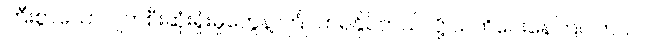
ကြီးစွာသော ပျက်စီးဆုံးရှုံးမှုတွေနဲ့ ကြုံလာရနိုင်တယ်လို့ သတိပေးနေကြပါတယ်။